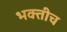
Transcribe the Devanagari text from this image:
भक्तीच